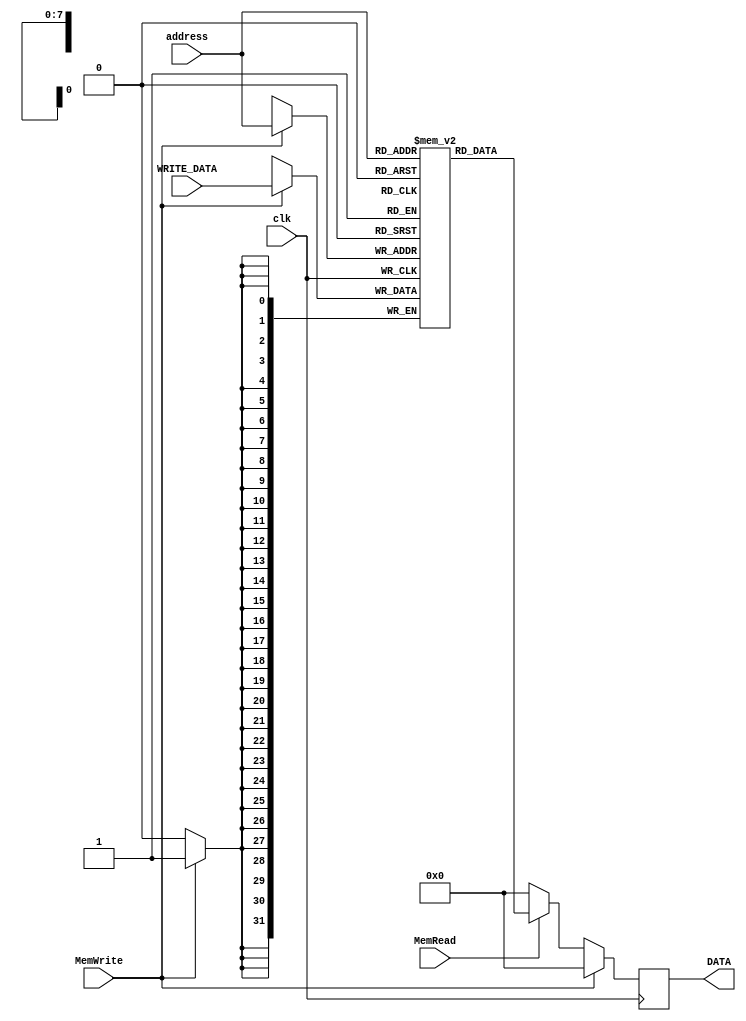
module DATA_MEM(
	
	input [7:0] address,
	input MemWrite,
	input MemRead,
	//input access_mem,
	input [31:0] WRITE_DATA,
	input clk,
	output reg [31:0] DATA
);

(* ram_init_file = "DATA_mem.mif" *) reg [31:0] d_MEM [255:0] /* synthesis ramstyle = "M9K" */;

always @(negedge clk) begin
	DATA = 32'b0;
	if (MemWrite) begin
		d_MEM[address] <= WRITE_DATA;
	end
	else if (MemRead) begin
		DATA <= d_MEM[address];
	end
end


endmodule